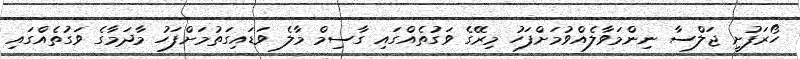
ހޯރަފުށީ ޖަލްސާ ނިންމަވާލެއްވުމަށްފަހު މިރޭގެ ވަގުތެއްގައި ގާސިމް މާލެ ވަޑައިގަތުމަށްފަހު މާދަމާގެ ވަގުތެއްގައި